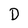
Character: D